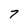
Character: 7